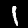
Label: 1